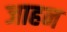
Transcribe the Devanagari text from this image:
जाहन